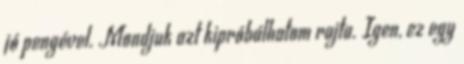
jó pengével. Mondjuk azt kipróbálhatom rajta. Igen, ez egy